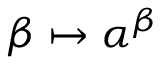
\beta \mapsto \alpha ^ { \beta }